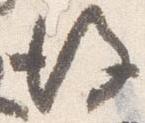
後